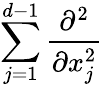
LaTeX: \sum_{j=1}^{d-1}\frac{\partial^{2}}{\partial x_{j}^{2}}